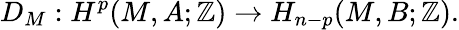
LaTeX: D_{M}:H^{p}(M,A;\mathbb{Z})\to H_{n-p}(M,B;\mathbb{Z}).